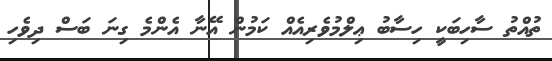
ތުއްތު ސާހިބަކީ ހިސާބު ޢިލްމުވެރިއެއް ކަމުން އޭނާ އެންމެ ގިނަ ބަސް ދިވެހި